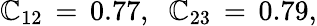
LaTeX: \mathbb{C}_{12}\, =\, 0.77,\; \; \mathbb{C}_{23}\, =\, 0.79,